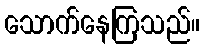
သောက်နေကြသည်။